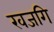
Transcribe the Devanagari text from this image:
खजगि